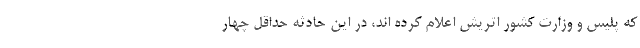
که پلیس و وزارت کشور اتریش اعلام کرده اند، در این حادثه حداقل چهار